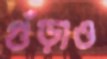
গুঁড়াও